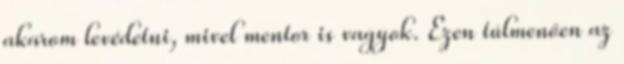
akarom levédetni, mivel mentor is vagyok. Ezen túlmenően az